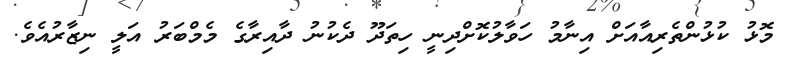
މޮޅު ކުޅުންތެރިއާއަށް އިނާމު ހަވާލުކޮށްދިނީ ހިތަދޫ ދެކުނު ދާއިރާގެ މެމްބަރު އަލީ ނިޒާރުއެވެ.